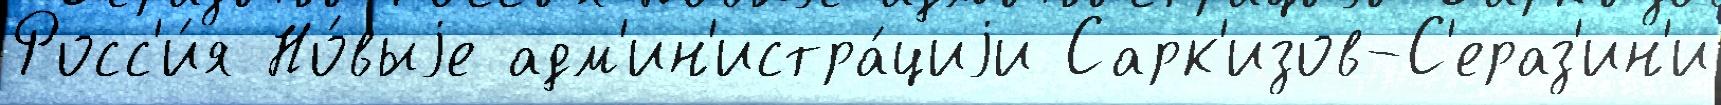
Росс'и́я Но́выjе адм'ин'истра́циjи Сарк'изов-С'ераз'ин'и